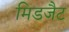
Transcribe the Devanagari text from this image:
मिडजैट